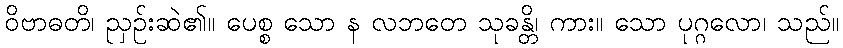
ဝိဗာဓတိ၊ ညှဉ်းဆဲ၏။ ပေစ္စ သော န လဘတေ သုခန္တိ၊ ကား။ သော ပုဂ္ဂလော၊ သည်။